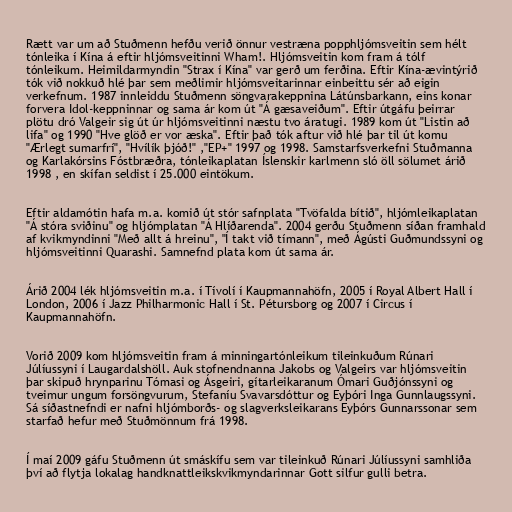
Rætt var um að Stuðmenn hefðu verið önnur vestræna popphljómsveitin sem hélt
tónleika í Kína á eftir hljómsveitinni Wham!. Hljómsveitin kom fram á tólf
tónleikum. Heimildarmyndin "Strax í Kína" var gerð um ferðina. Eftir Kína-ævintýrið
tók við nokkuð hlé þar sem meðlimir hljómsveitarinnar einbeittu sér að eigin
verkefnum. 1987 innleiddu Stuðmenn söngvarakeppnina Látúnsbarkann, eins konar
forvera Idol-keppninnar og sama ár kom út "Á gæsaveiðum". Eftir útgáfu þeirrar
plötu dró Valgeir sig út úr hljómsveitinni næstu tvo áratugi. 1989 kom út "Listin að
lifa" og 1990 "Hve glöð er vor æska". Eftir það tók aftur við hlé þar til út komu
"Ærlegt sumarfrí", "Hvílík þjóð!" ,"EP+" 1997 og 1998. Samstarfsverkefni Stuðmanna
og Karlakórsins Fóstbræðra, tónleikaplatan Íslenskir karlmenn sló öll sölumet árið
1998 , en skífan seldist í 25.000 eintökum.

Eftir aldamótin hafa m.a. komið út stór safnplata "Tvöfalda bítið", hljómleikaplatan
"Á stóra sviðinu" og hljómplatan "Á Hlíðarenda". 2004 gerðu Stuðmenn síðan framhald
af kvikmyndinni "Með allt á hreinu", "Í takt við tímann", með Ágústi Guðmundssyni og
hljómsveitinni Quarashi. Samnefnd plata kom út sama ár.

Árið 2004 lék hljómsveitin m.a. í Tívolí í Kaupmannahöfn, 2005 í Royal Albert Hall í
London, 2006 í Jazz Philharmonic Hall í St. Pétursborg og 2007 í Circus í
Kaupmannahöfn.

Vorið 2009 kom hljómsveitin fram á minningartónleikum tileinkuðum Rúnari
Júlíussyni í Laugardalshöll. Auk stofnendnanna Jakobs og Valgeirs var hljómsveitin
þar skipuð hrynparinu Tómasi og Ásgeiri, gítarleikaranum Ómari Guðjónssyni og
tveimur ungum forsöngvurum, Stefaníu Svavarsdóttur og Eyþóri Inga Gunnlaugssyni.
Sá síðastnefndi er nafni hljómborðs- og slagverksleikarans Eyþórs Gunnarssonar sem
starfað hefur með Stuðmönnum frá 1998.

Í maí 2009 gáfu Stuðmenn út smáskífu sem var tileinkuð Rúnari Júlíussyni samhliða
því að flytja lokalag handknattleikskvikmyndarinnar Gott silfur gulli betra.